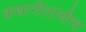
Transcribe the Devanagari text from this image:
कथागीतांचीच